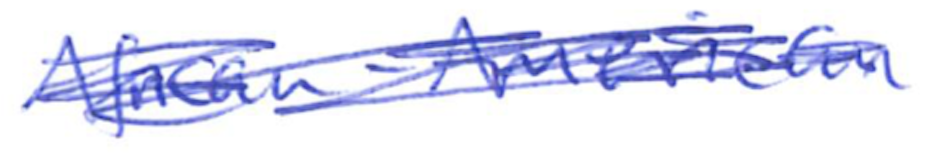
Text: African-American
Cross-out: scratch
Writing tool: ballpoint